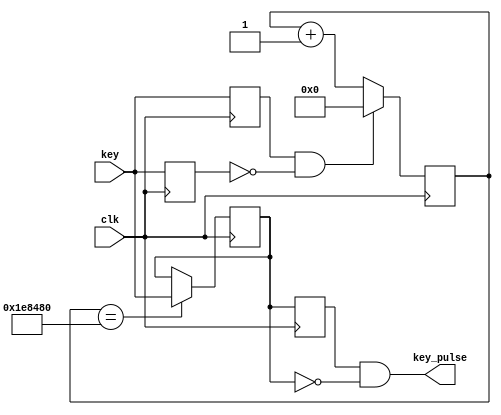
`timescale 1ns / 1ps
//////////////////////////////////////////////////////////////////////////////////
// Company: 
// Engineer: 
// 
// Design Name: 
// Module Name: key
// Project Name: 
// Target Devices: 
// Tool Versions: 
// Description: 
// 
// Dependencies: 
// 
// Revision:
// Revision 0.01 - File Created
// Additional Comments:
// 
//////////////////////////////////////////////////////////////////////////////////


module key(clk, key, key_pulse);

input clk;
input key;
output key_pulse;

reg key_rst;
reg key_rst_pre;
wire key_edge;

always@(posedge clk)
    begin
        key_rst = key;
        key_rst_pre = key_rst;
    end

assign key_edge = key_rst_pre & ~key_rst;

reg [21:0]count;

always@(posedge clk)
    begin
        if(key_edge)
            count = 21'h0;
        else
            count = count + 1'h1;
    end

reg key_sec_pre;
reg key_sec;

always@(posedge clk)
    if(count == 21'h1e8480)
        key_sec = key;

always@(posedge clk)
    key_sec_pre = key_sec;
    
assign key_pulse = key_sec_pre & ~key_sec;

endmodule